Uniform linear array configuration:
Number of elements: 4
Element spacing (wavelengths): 0.25
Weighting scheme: kaiser
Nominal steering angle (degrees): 15
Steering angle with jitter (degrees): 14.095
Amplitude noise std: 0.05
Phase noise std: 0.05

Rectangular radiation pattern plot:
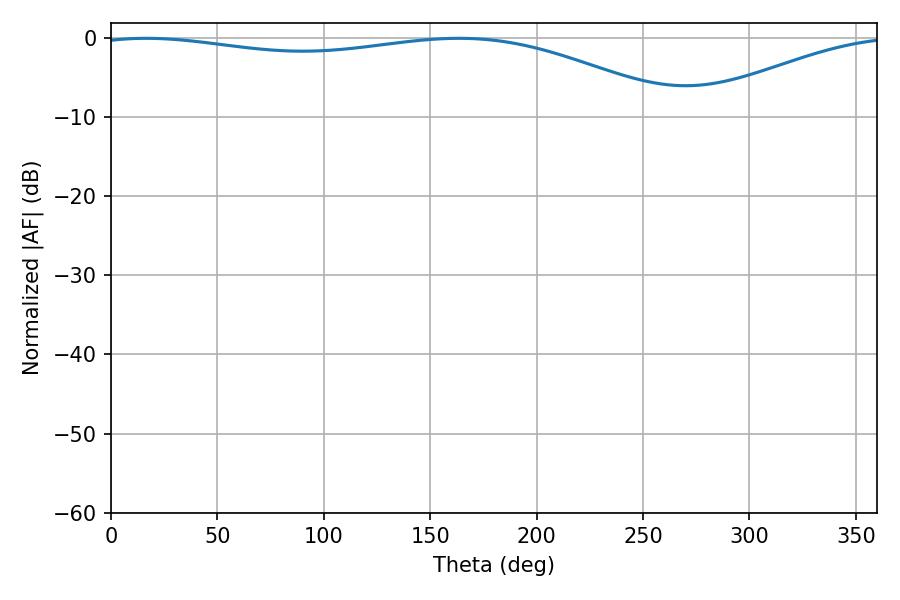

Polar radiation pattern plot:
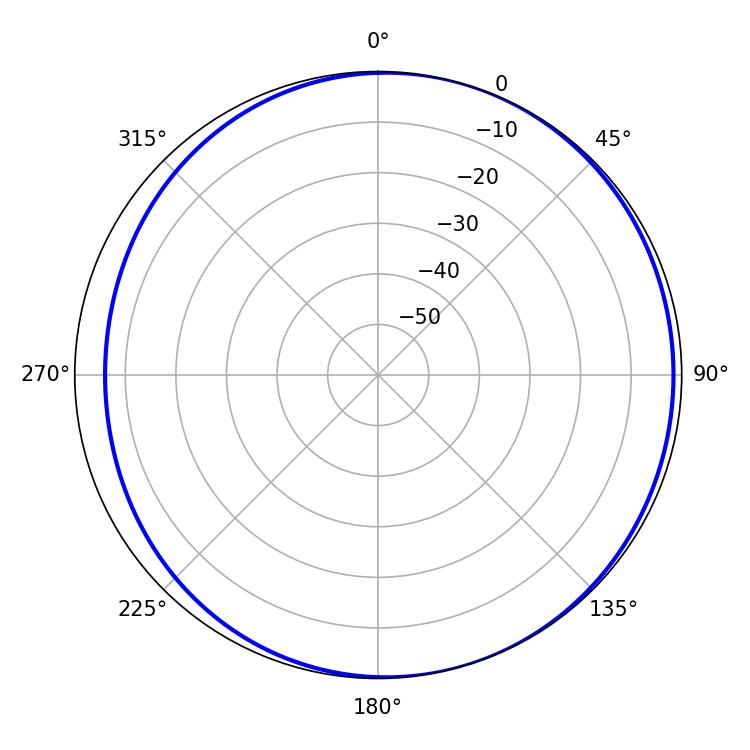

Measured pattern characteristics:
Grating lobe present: FALSE
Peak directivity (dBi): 3.977
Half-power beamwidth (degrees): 221.76
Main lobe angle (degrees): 16.56